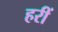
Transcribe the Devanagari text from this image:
हरीं